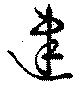
建